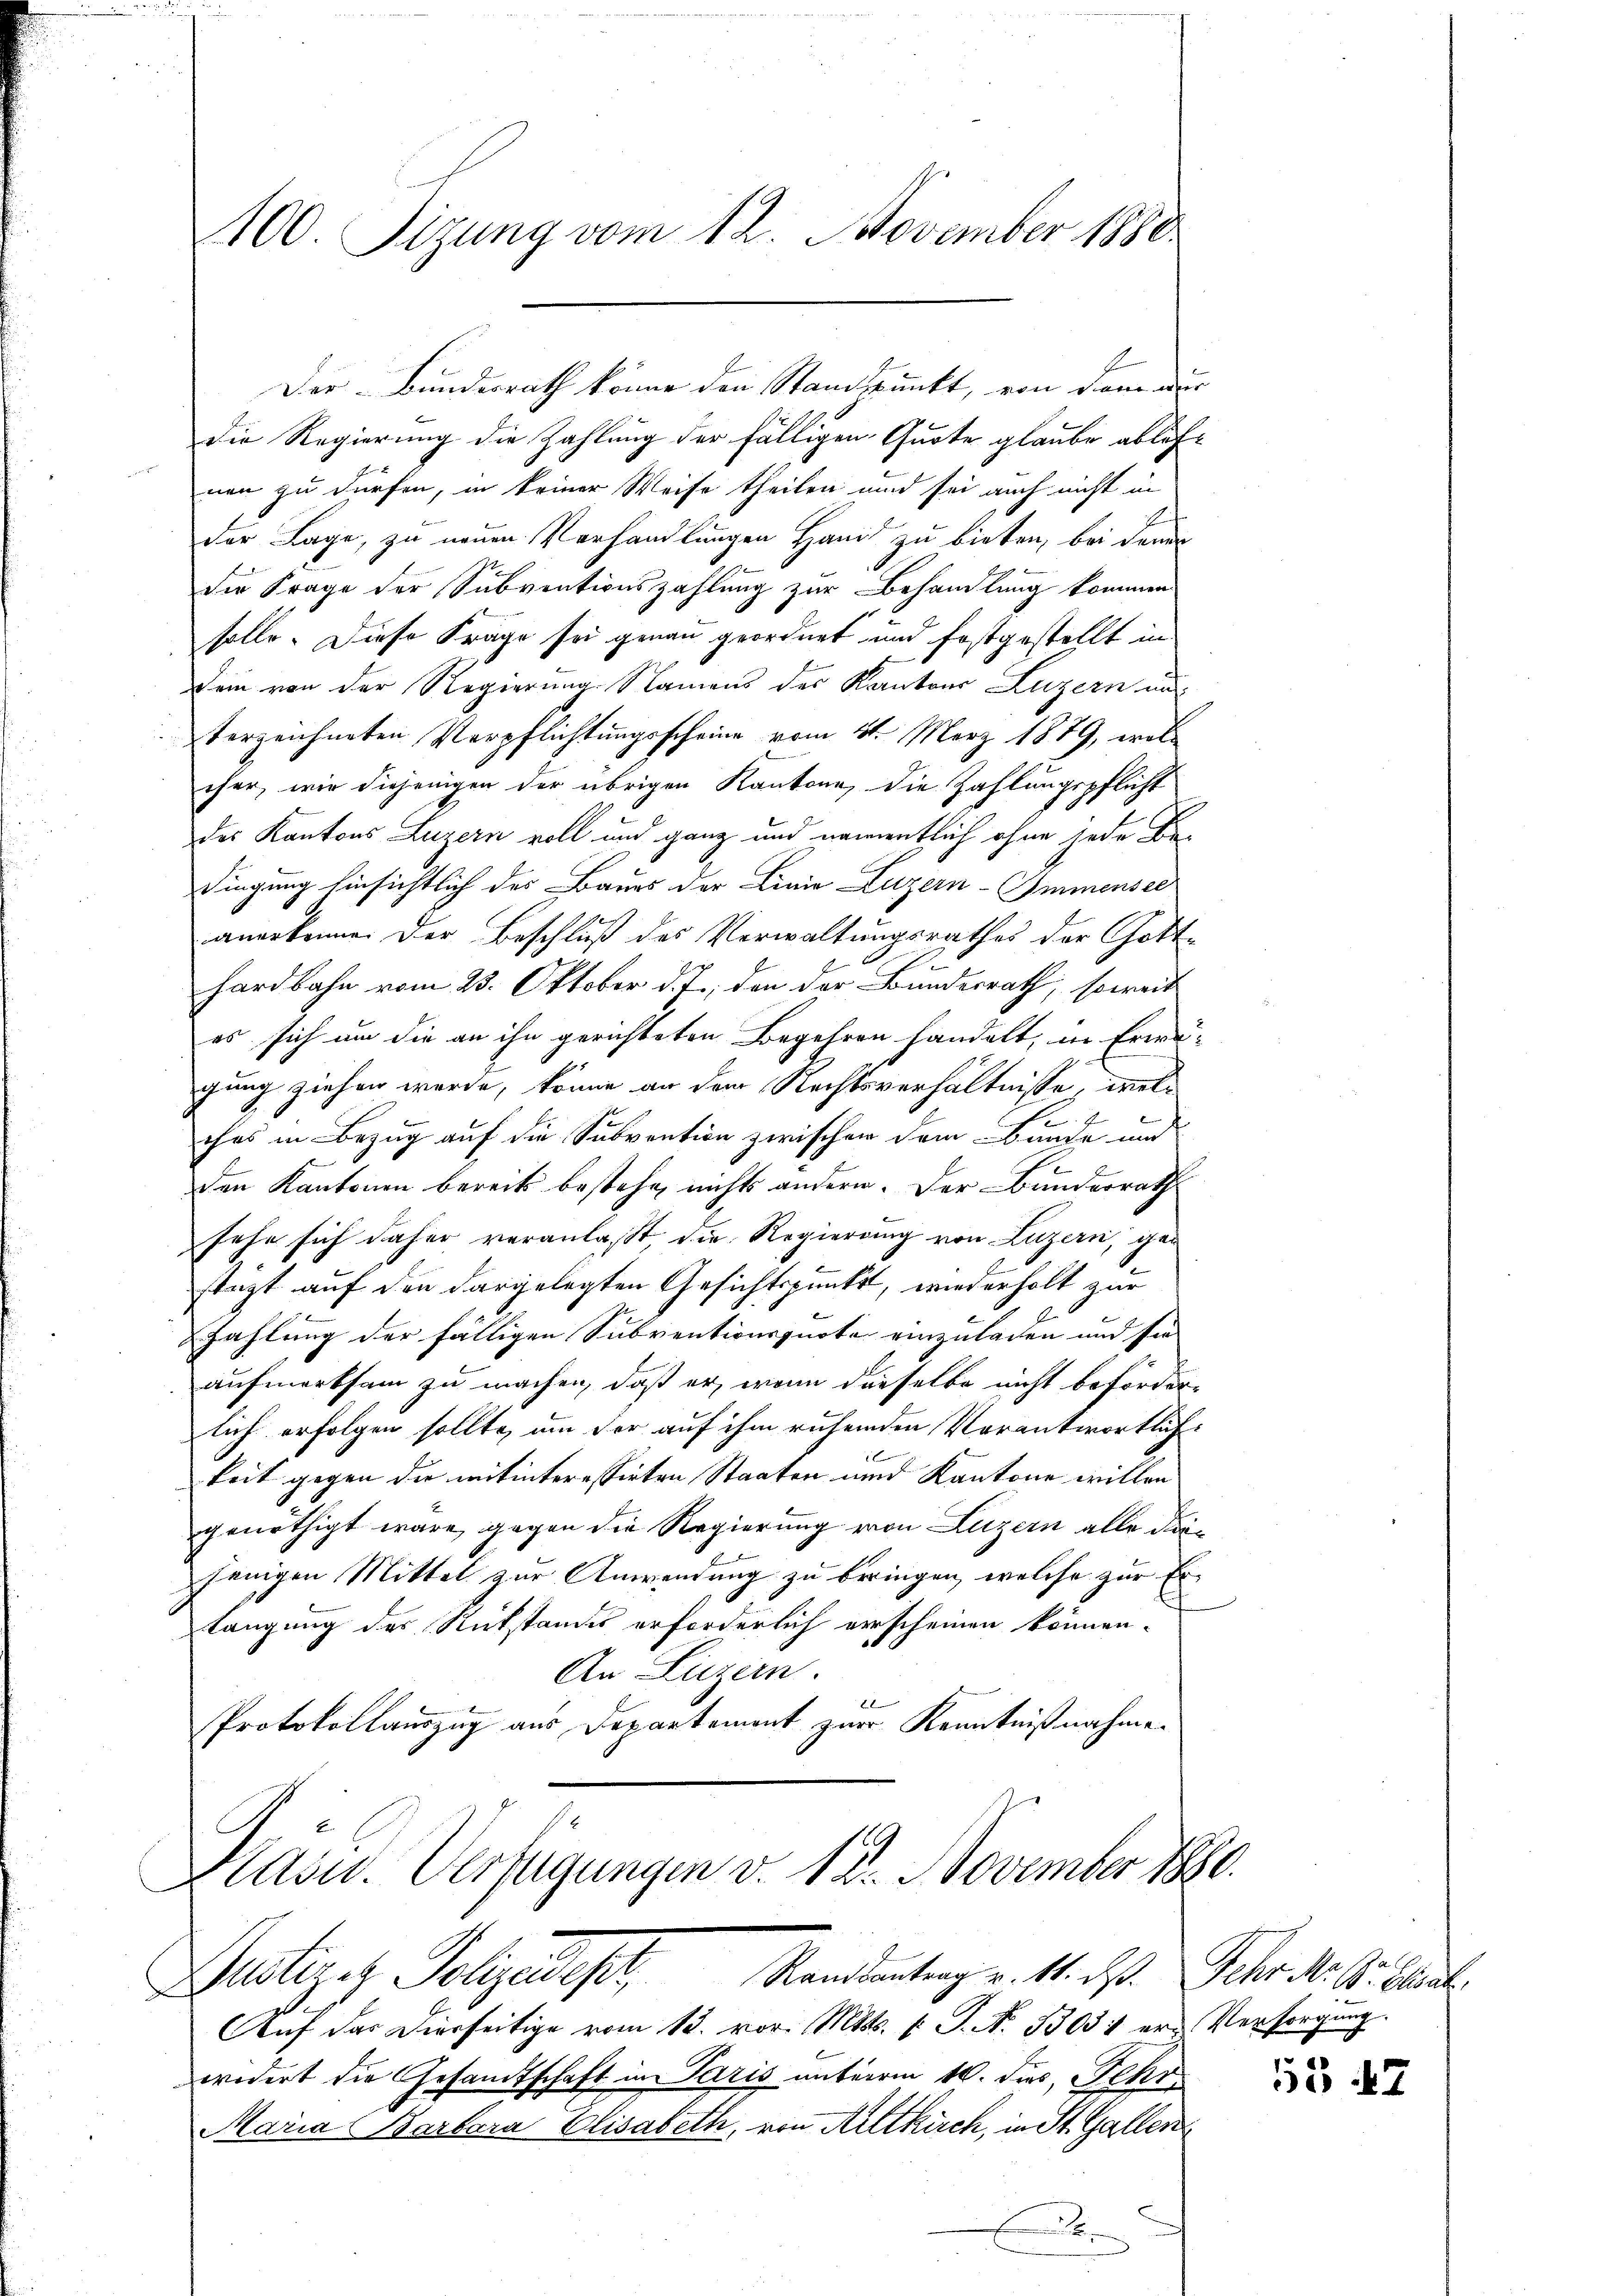
100. Sizung vom 12. November 1880

Der Bundesrath könne den Standpunkt, von dem dur
die Regierung die Zahlung der fälligen Quote glaube ablös-
nen zu dürfen, in keiner Weise theilen und sei auch nicht in
der Lage, zu neuen Verhandlungen Hand zu bieten, bei denen
die Frage der Subventionszahlung zur Behandlung kommen
solle. Diese Frage sei genau geordnet und festgestellt in
Dein von der Regierung Namens des Kantons Luzern un
terzeichneten Verpflichtungsscheine vom 21. März 1879, wolcher, wie diejenigen der übrigen Kantone, die Zahlungspflicht
des Kantons Luzern voll und ganz und namentlich ohne jede Bedingung hinsichtlich des Baues der Linia Luzern-Ommensee
anerkenne. Der Beschluß des Verwaltungsrathes der Gott-
hardbahn vom 23. Oktober d. J., den der Bundesrath, soweit
es sich um die an ihn gerichteten Begehren handelt, in Erwägung ziehen wurde, könne an dem Rechtsverhältnisse, welch
ches in Bezug auf die Subvention zwischen dem Bunde und
den Kantonen bereits bestehe nichts andern. Der Bundesrath
sehe sich daher veranlasst die Regierung von Luzern, gestüzt auf den dargelegten Gesichtspunkt, wiederholt zur
Zahlung der fälligen Subventionsquote einzuladen und sie
aufmerksam zu machen, daß er, wenn dieselbe nicht beförderlich erfolgen sollte, um der auf ihm ruhenden Vorantwortlich-
keit gegen die mitinteressirten Staaten und Kantone willen
genöthigt wäre, gegen die Regierung von Luzern alle dajenigen Mittel zur Anwendung zu beringen, welche zur Er¬
Langung des Rückstandes erforderlich verscheinen können.
An Luzern.
E
Protokollauszug aus Departement zur Kenntnißnahme.

Klass. Verfügungen v. 18. November 1880.
Suster es Polizeist, Standeutung v. M. das

Auf das hierseitige vom 13. vor. Mts. 1. P. Nr. 33031 er- Versorgung.
widert die Gesandtschaft in Paris unterm 10. das Sehr
Maria Barbara Elisabeth, von Altkirch, in St. Gallen
E

Sehr M. Dr. Elsat

57